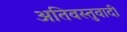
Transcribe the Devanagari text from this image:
अतिवस्तुवादी